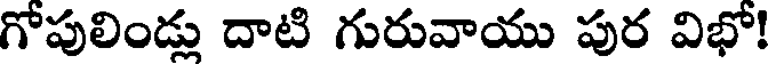
గోపులిండ్లు దాటి గురువాయు పుర విభో!